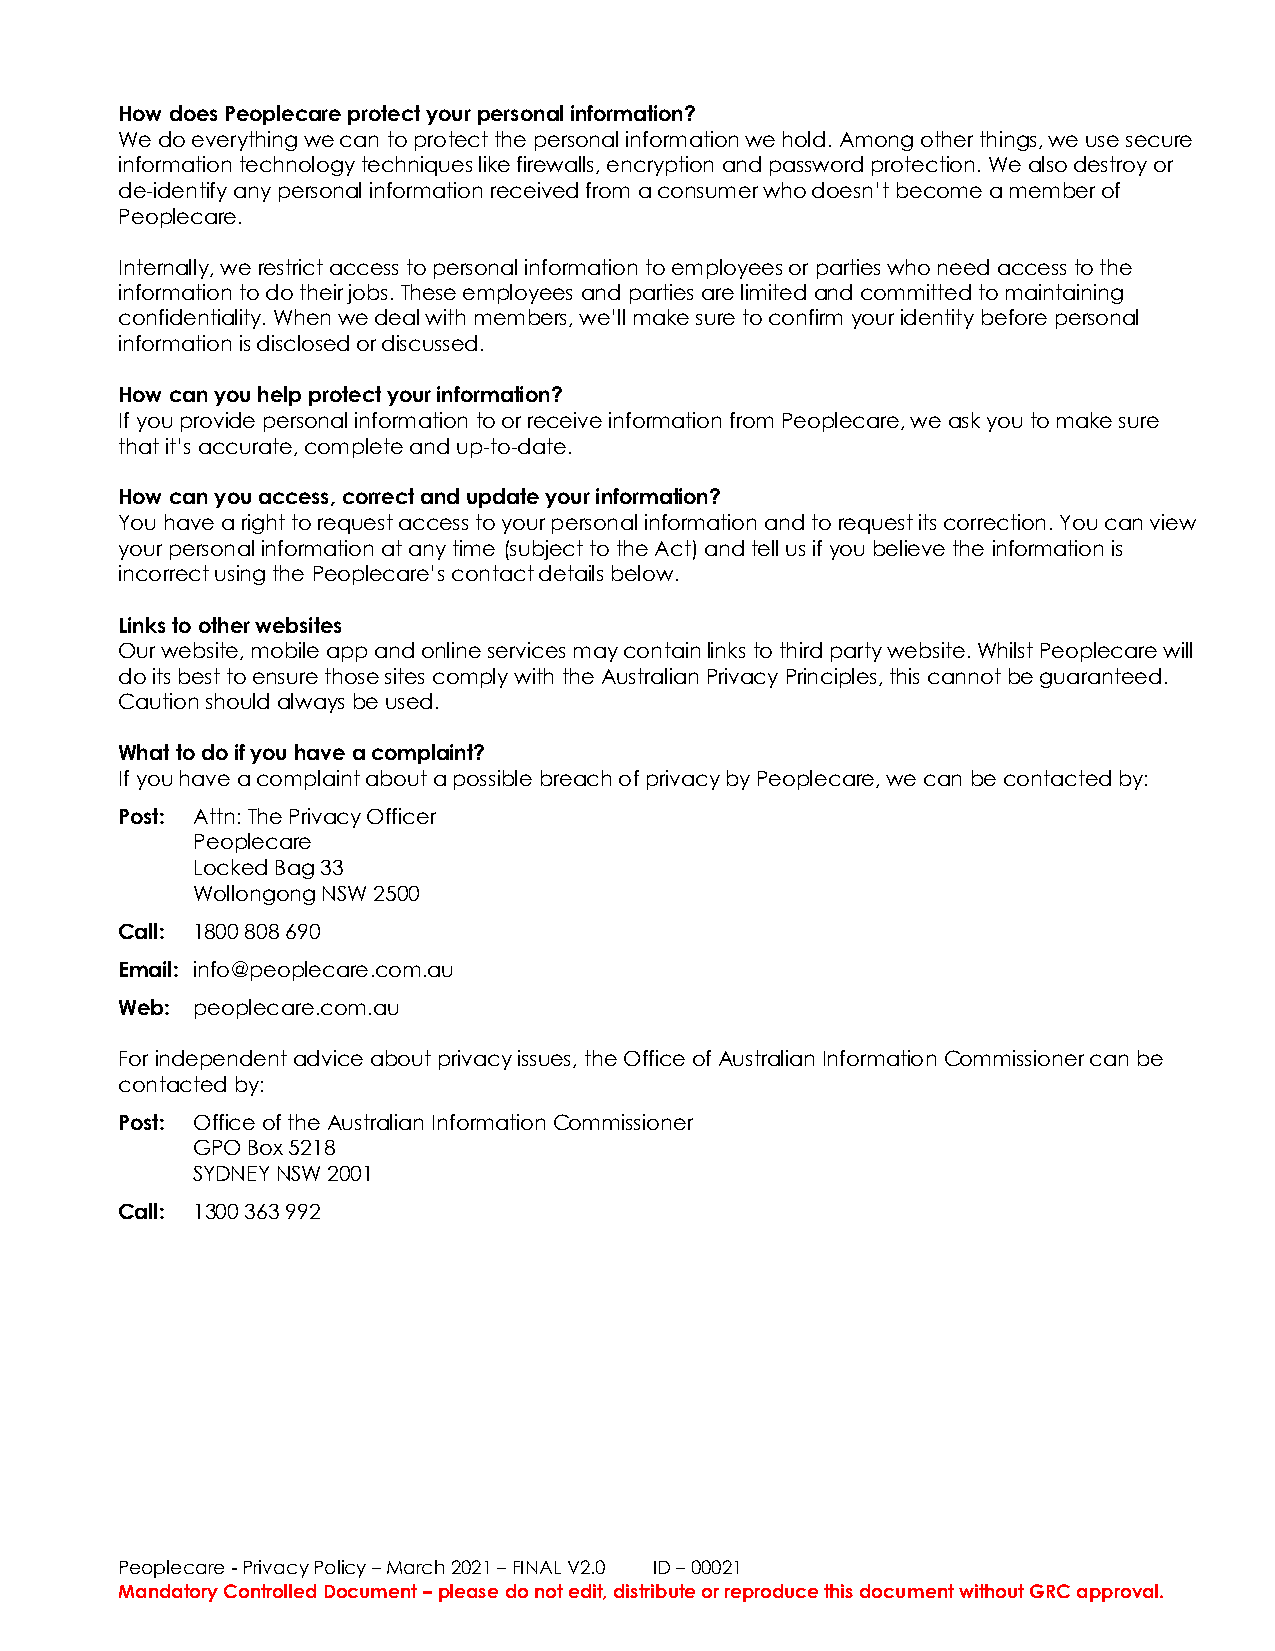
How does Peoplecare protect your personal information?
 We do everything we can to protect the personal information we hold. Among other things, we use secure
 information technology techniques like firewalls, encryption and password protection. We also destroy or
 de-identify any personal information received from a consumer who doesn’t become a member of
 Peoplecare.
 Internally, we restrict access to personal information to employees or parties who need access to the
 information to do their jobs. These employees and parties are limited and committed to maintaining
 confidentiality. When we deal with members, we’ll make sure to confirm your identity before personal
 information is disclosed or discussed.
 How can you help protect your information?
 If you provide personal information to or receive information from Peoplecare, we ask you to make sure
 that it’s accurate, complete and up-to-date.
 How can you access, correct and update your information?
 You have a right to request access to your personal information and to request its correction. You can view
 your personal information at any time (subject to the Act) and tell us if you believe the information is
 incorrect using the Peoplecare’s contact details below.
 Links to other websites
 Our website, mobile app and online services may contain links to third party website. Whilst Peoplecare will
 do its best to ensure those sites comply with the Australian Privacy Principles, this cannot be guaranteed.
 Caution should always be used.
 What to do if you have a complaint?
 If you have a complaint about a possible breach of privacy by Peoplecare, we can be contacted by:
 Post: Attn: The Privacy Officer
 Peoplecare
 Locked Bag 33
 Wollongong NSW 2500
 Call: 1800 808 690
 Email: info@peoplecare.com.au
 Web: peoplecare.com.au
 For independent advice about privacy issues, the Office of Australian Information Commissioner can be
 contacted by:
 Post: Office of the Australian Information Commissioner
 GPO Box 5218
 SYDNEY NSW 2001
 Call: 1300 363 992
 Peoplecare - Privacy Policy – March 2021 – FINAL V2.0 ID – 00021
 Mandatory Controlled Document – please do not edit, distribute or reproduce this document without GRC approval.